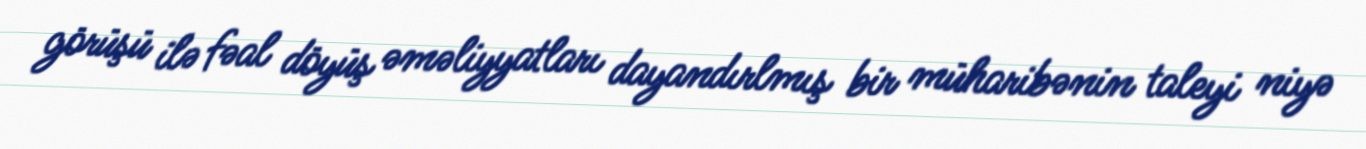
görüşü ilə fəal döyüş əməliyyatları dayandırlmış bir müharibənin taleyi niyə